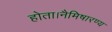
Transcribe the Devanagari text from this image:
होता।नैमिषारण्य